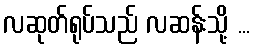
လဆုတ်ရုပ်သည် လဆန်းသို့ ...